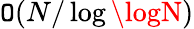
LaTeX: \mathtt{O}(N/\log\logN)